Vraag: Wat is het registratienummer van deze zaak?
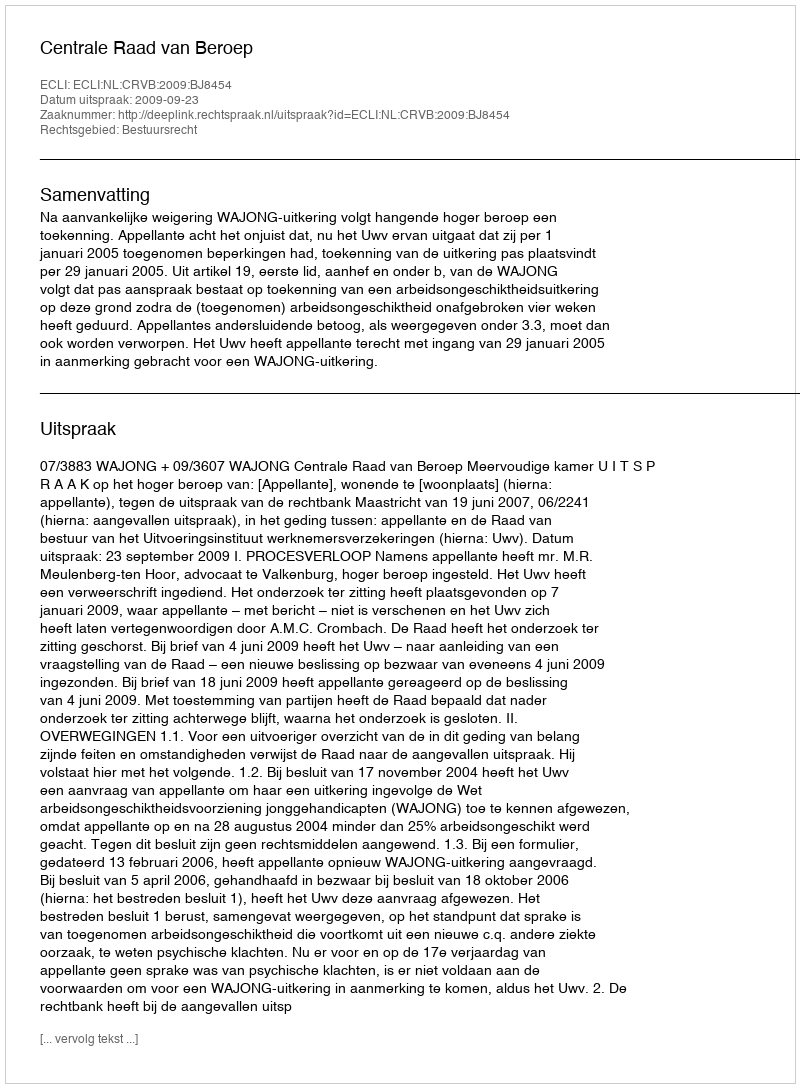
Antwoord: http://deeplink.rechtspraak.nl/uitspraak?id=ECLI:NL:CRVB:2009:BJ8454